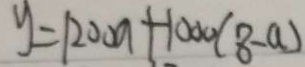
y = 1 2 0 0 a + 1 0 0 0 ( 8 - a )